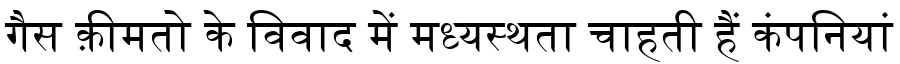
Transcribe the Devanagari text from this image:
गैस क़ीमतो के विवाद में मध्यस्थता चाहती हैं कंपनियां